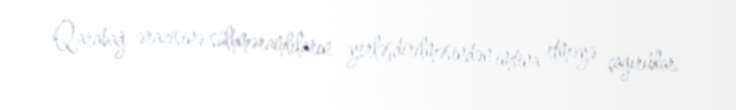
Qarabağ ərazisinə sülhməramlıların yerləşdirilməsindən imtina etməyə çağırıblar.